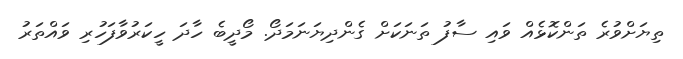
ތިޔަށްވުރެ ތަންކޮޅެއް ވައި ސާފު ތަނަކަށް ގެންދިޔަނަމަދޯ. މޯދީބެ ހާދަ ހީކަރުވާފަހުރި ވައްތަރު